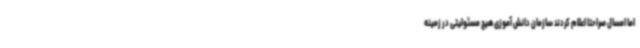
اما امسال صراحتاً اعلام کردند سازمان دانش آموزی هیچ مسئولیتی در زمینه